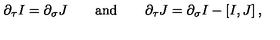
\partial _ { \tau } I = \partial _ { \sigma } J \qquad \mathrm { a n d } \qquad \partial _ { \tau } J = \partial _ { \sigma } I - \left[ I , J \right] ,